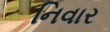
નિવાર